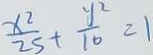
\frac { x ^ { 2 } } { 2 5 } + \frac { y ^ { 2 } } { 1 0 } = 1